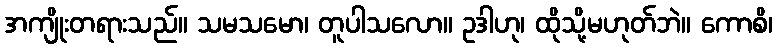
အကျိုးတရားသည်။ သမသမော၊ တူပါသလော။ ဥဒါဟု၊ ထိုသို့မဟုတ်ဘဲ။ ကောစိ၊